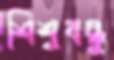
শিশুবন্ধু